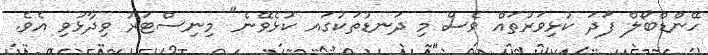
ހޭންޑްބޯލް ފަދަ ކުޅިވަރުތައް ވެސް މި ދަނޑުތަކުގައ ކުޅެވޭނެ" މިނިސްޓަރު ވިދާޅުވި އެވެ.